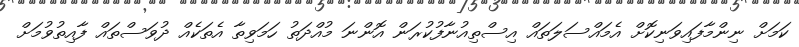
ކަމަށް ނިންމާފައިވަނިކޮށް އެމައްސަލަތައް އިސްތިއުނާފުކުރަން އޮންނަ މުއްދަތު ހަމަވިތާ އެތަކެއް ދުވަސްތައް ފާއިތުވުމަށް